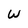
Character: W